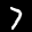
Label: 7